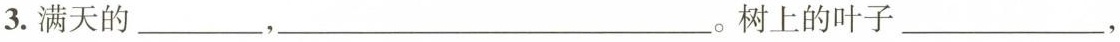
3.满天的___，___。树上的叶子___，